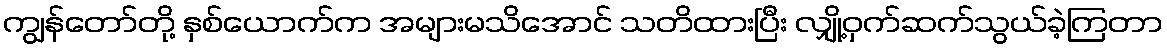
ကျွန်တော်တို့ နှစ်ယောက်က အများမသိအောင် သတိထားပြီး လျှို့ဝှက်ဆက်သွယ်ခဲ့ကြတာ